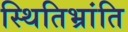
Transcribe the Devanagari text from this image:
स्थितिभ्रांति